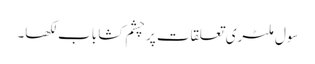
سول ملٹری تعلقات پر چشم کشا باب لکھا۔